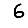
Digit: 6